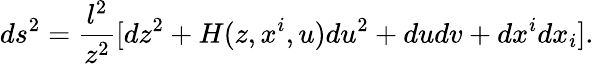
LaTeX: ds^{2}={\frac{l^{2}}{z^{2}}}[dz^{2}+H(z,x^{i},u)du^{2}+dudv+dx^{i}dx_{i}].